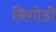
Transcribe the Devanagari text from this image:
निगोडी